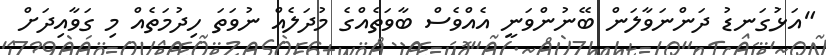
"އަޅުަގަނޑު ދަންނަވާލަން ބޭނުންވަނީ އެއްވެސް ބާވަތެއްގެ މުދަލެއް ނުވަތަ ހިދުމަތެއް މި ގަވާއިދަށް